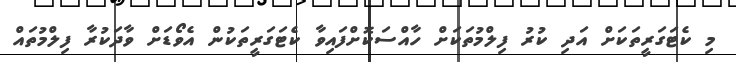
މި ކެޓަގަރީތަކަށް އަދި ކުރު ފިލްމުތަކަށް ހާއްސަކޮށްފައިވާ ކެޓަގަރީތަކުން އެވޯޑަށް ވާދަކުރާ ފިލްމުތައް